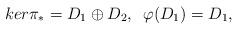
LaTeX: \begin{align*}ker\pi_{*}=D_{1}\oplus D_{2},\, \, \, \varphi(D_{1})=D_{1},\end{align*}